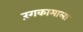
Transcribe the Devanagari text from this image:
रंगकामाला